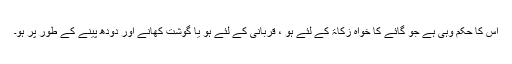
اس کا حکم وہی ہے جو گائے کا خواہ زکاۃ کے لئے ہو ، قربانی کے لئے ہو یا گوشت کھانے اور دودھ پینے کے طور پر ہو۔